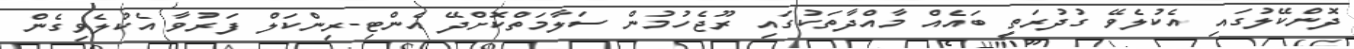
ދޮންކޭލުގައި އެކުލެވޭ ގުދުރަތީ ބައެއް މާއްދާތަކުގައި ރޫޖެހުމުން ސަލާމަތްކޮށްދޭ އެންޓި-ރިންކަލް ފަރުވާ އެކުލެވިގެން